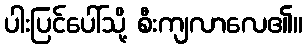
ပါးပြင်ပေါ်သို့ စီးကျလာလေ၏။